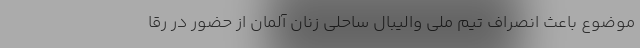
موضوع باعث انصراف تیم ملی والیبال ساحلی زنان آلمان از حضور در رقا